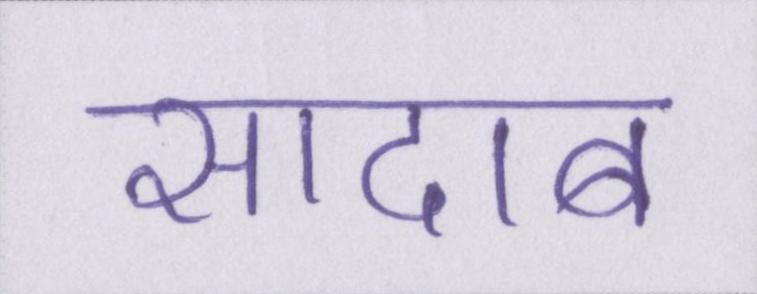
सादाब